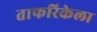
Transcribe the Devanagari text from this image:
ताफरिकेला